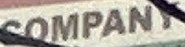
OMPAN